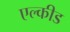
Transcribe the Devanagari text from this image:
एल्कीड